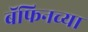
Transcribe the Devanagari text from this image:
बॅफिनच्या